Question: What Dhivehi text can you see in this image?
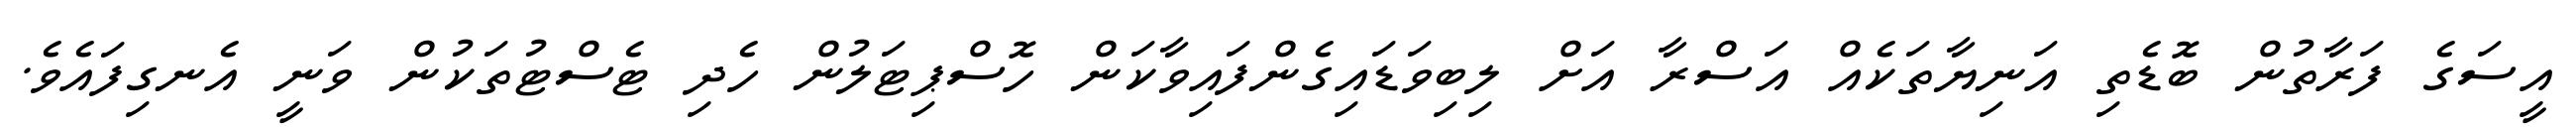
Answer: އީސަގެ ފަރާތުން ބޮޑެތި އަނިޔާތަކެއް އަސްރާ އަށް ލިބިވަޑައިގެންފައިވާކަން ހޮސްޕިޓަލުން ހެދި ޓެސްޓުތަކުން ވަނީ އެނގިފައެވެ.